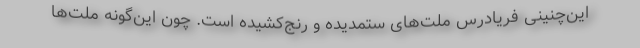
این‌چنینی فریادرس ملت‌های ستمدیده و رنج‌کشیده است. چون این‌گونه ملت‌ها